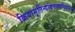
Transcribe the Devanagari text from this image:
क्रियामूर्तिर्न्यायवाक्यनियोजकः।